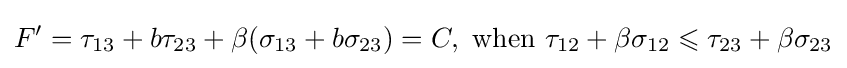
F'={\tau _{13}}+b{\tau _{23}}+\beta ({\sigma _{13}}+b{\sigma _{23}})=C,{\text{ when }}{\tau _{12}}+\beta {\sigma _{12}}\leqslant {\tau _{23}}+\beta {\sigma _{23}}